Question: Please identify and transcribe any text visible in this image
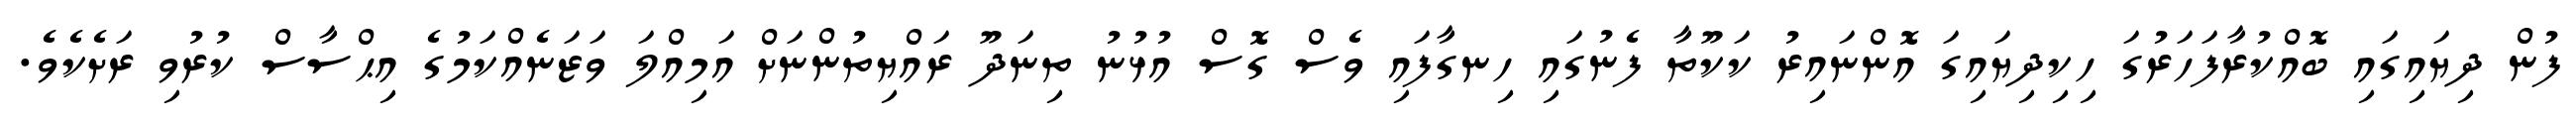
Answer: ފުން ދިޔައިގައި ބޮއްކުރާފަހަރުގަ ހިކިދިޔައިގަ އޮންނައިރު ކަކޫތާ ފެނުގައި ހިނގާފައި ވެސް ގޮސް އުޅުނު ތިނަދޫ ރައްޔިތުންނަށް އަމިއްލަ ވަޒަނެއްކަމުގެ އިޙްސާސް ކުރުވި ރަށެކެވެ.